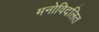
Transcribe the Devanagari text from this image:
मनोविदलित